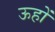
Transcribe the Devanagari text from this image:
ऊहों